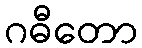
ဂဓီတော